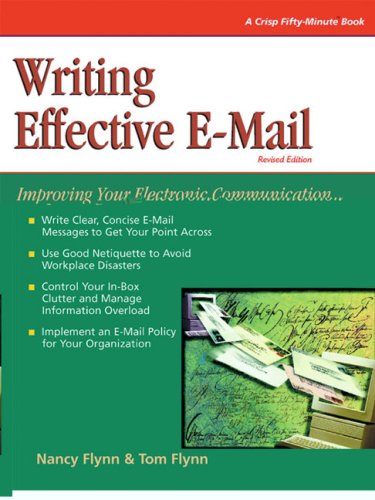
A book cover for Crisp: Writing Effective E-Mail, Revised Edition: Improving Your Electronic Communication; Nancy Flynn; Computers & Technology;